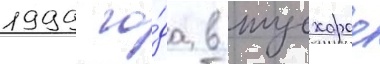
1999 го́да в тусхарое